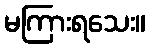
မကြားရသေး။